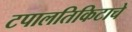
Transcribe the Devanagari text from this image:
टपालतिकिटाचे